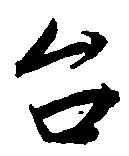
台